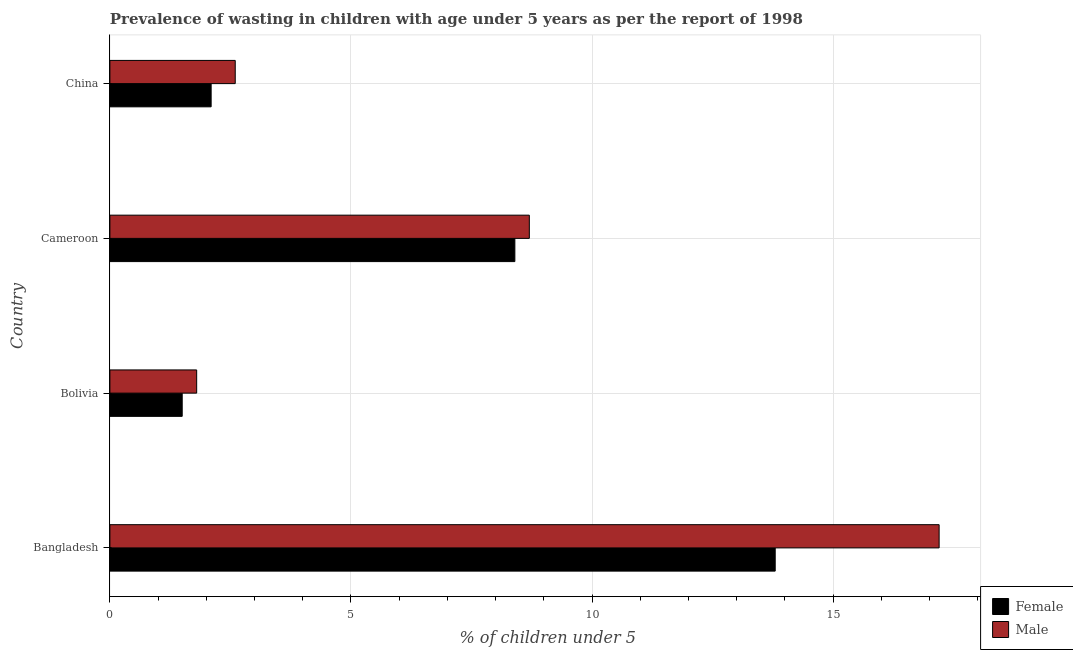
| Country | Female | Male |
 | --- | --- | --- |
 | Bangladesh | 13.8 | 17.2 |
 | Bolivia | 1.5 | 1.8 |
 | Cameroon | 8.4 | 8.7 |
 | China | 2.1 | 2.6 |